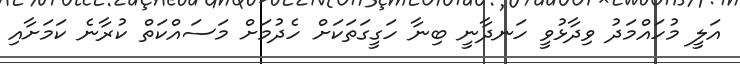
އަލީ މުހައްމަދު ވިދާޅުވީ ހަނދާނީ ބިނާ ހަގީގަތަކަށް ހެދުމަށް މަސައްކަތް ކުރާނެ ކަމަށާއި